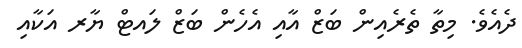
ދެއެވެ. މިތާ ތެރެއިން ބަޒް އާއި އެހެން ބަޒް ލައޓް ޔާރ އަކާއި